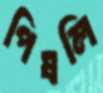
পিষলি